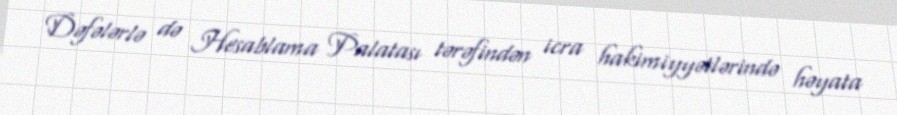
Dəfələrlə də Hesablama Palatası tərəfindən icra hakimiyyətlərində həyata